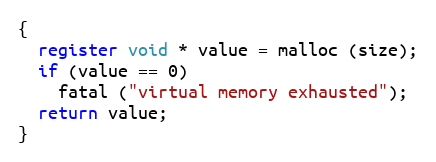
Language: C
{
  register void * value = malloc (size);
  if (value == 0)
    fatal ("virtual memory exhausted");
  return value;
}